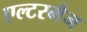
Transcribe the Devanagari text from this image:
एल्टरमैन